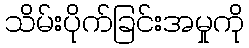
သိမ်းပိုက်ခြင်းအမှုကို